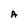
Character: A